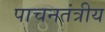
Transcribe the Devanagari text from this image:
पाचनतंत्रीय